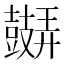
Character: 𲎛